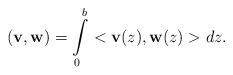
LaTeX: \begin{align*}({\bf v},{\bf w}) = \int\limits_0^b <{\bf v}(z), {\bf w}(z)> dz.\end{align*}